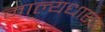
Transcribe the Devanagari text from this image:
माल्यधारण